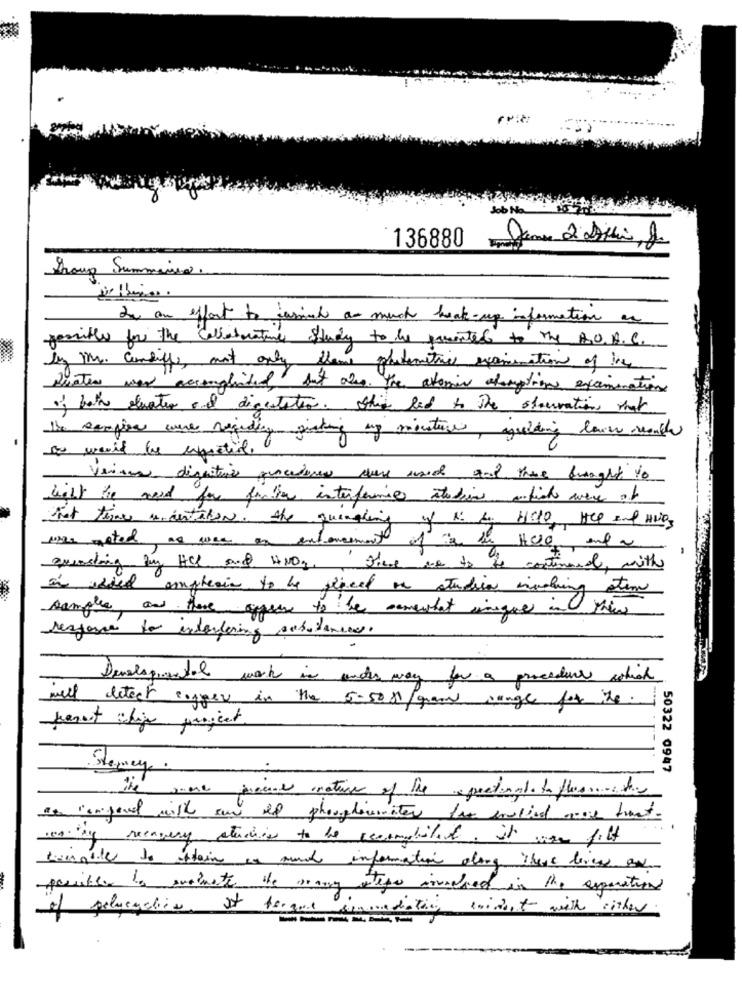
2 Suis, J
136880
Group Summero.
In an effort to caminh as much beak-up information an
feritle for the collaborative Study to the parented to the A.O. A.C.
by Mr. Cunliffe, aut only theme phatemities examination of the
Quater war accomplished but also. The atomic alanytions examination
of both elwater and digestatin. this led to the slouvations that
the samples were regidig picking up minature, guiding lain aute
In went the epictil.
Verisure digestive procedures were used and there brought to
light the need for finder interference stadion a fick were of
That times arrestation. the quemaking of 12 to HELP, Hep Ind HOLDS
1the meted as was an enforcement of is the HCLO ent a
quecasting by HCC and HNO3' There we to o contiene
continued, mith
in usted empleain to be sineed on studia insehing sten
samples, and there oppure to be somewhat unique in the
response to interfering substances.
Developmental work is under way for a procedure which
well detect ligger in the 5-50 Ml /gram range for the.
benoit ähige project
Stemay.
50322 0947
the one piece notice of the apeatonal to flasche
a iemgood with an of phosphoumater for envied wor twant.
wenty recovery studies to the cecomobile. it was fiff
Risingile to stain as much information along These lies and
possible la suainate the many atepe insured in the separation
of pelasaction of torque inmediation evident with either.